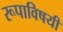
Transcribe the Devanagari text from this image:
रूपाविषयी